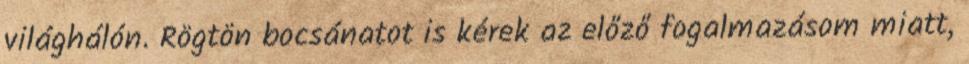
világhálón. Rögtön bocsánatot is kérek az előző fogalmazásom miatt,